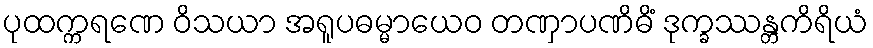
ပုထက္ကရဏေ ဝိသယာ အရူပဓမ္မာယေဝ တဏှာပဏိဓိံ ဒုက္ခဿန္တကိရိယံ